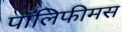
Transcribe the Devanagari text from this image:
पॉलिफीमस